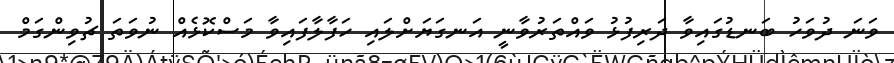
ވަނަ ދުވަހު ބަނޑުގައިވާ ދަރިފުޅު ވައްތަރުވާނީ އަނގަޔަށްލައި ހަފާލާފައިވާ މަސްކޮޅެއް ނުވަތަ ޗުވިންގަމް